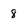
Character: 8